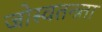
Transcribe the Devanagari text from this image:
जोस्वतन्त्र्ता